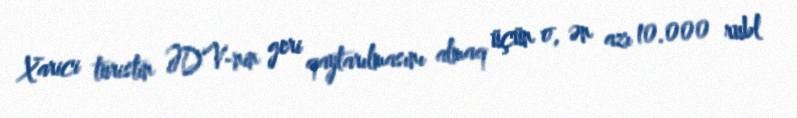
Xarici turistin ƏDV-nin geri qaytarılmasını almaq üçün o, ən azı 10.000 rubl